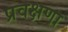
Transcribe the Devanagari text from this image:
प्रवक्षणा